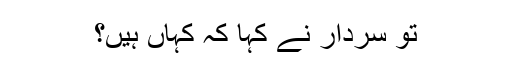
تو سردار نے کہا کہ کہاں ہیں؟